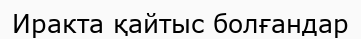
Иракта қайтыс болғандар